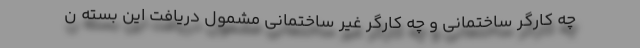
چه کارگر ساختمانی و چه کارگر غیر ساختمانی مشمول دریافت این بسته ن